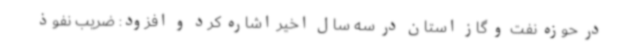
در حوزه نفت و گاز استان در سه سال اخیر اشاره کرد و افزود: ضریب نفوذ